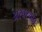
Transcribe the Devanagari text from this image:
अरबस्थान